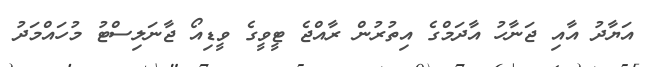
އަޔާދު އާއި ޖަނާހު އާދަމްގެ އިތުރުން ރާއްޖެ ޓީވީގެ ވީޑިއޯ ޖާނަލިސްޓު މުހައްމަދު